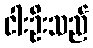
ငါးဦးသည်